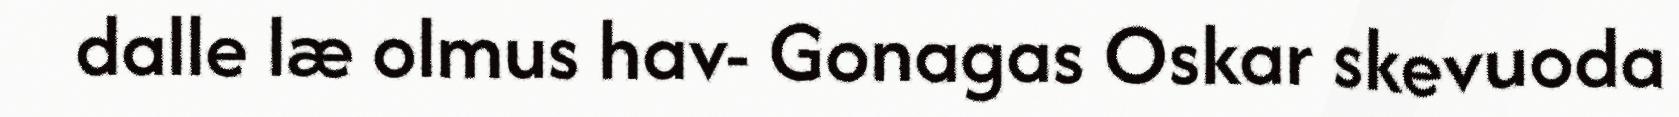
dalle læ olmus hav- Gonagas Oskar skevuoda